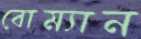
বোম্যান